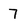
Character: 7